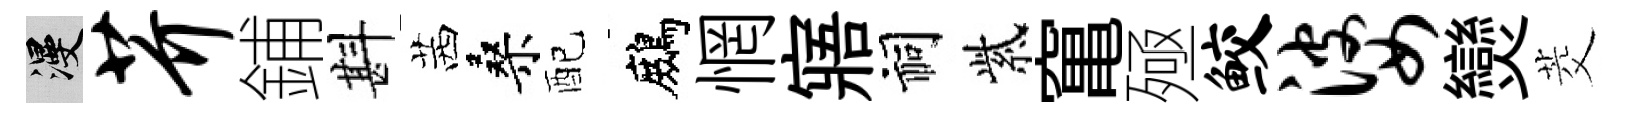
漫芥鋪斟茜桑配鷓惘寤祠紫𥧄殛鲛婆𤓖茭